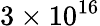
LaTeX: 3\times 10^{16}